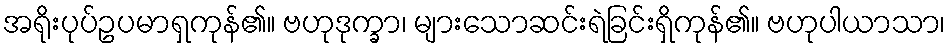
အရိုးပုပ်ဥပမာရှကုန်၏။ ဗဟုဒုက္ခာ၊ များသောဆင်းရဲခြင်းရှိကုန်၏။ ဗဟုပါယာသာ၊